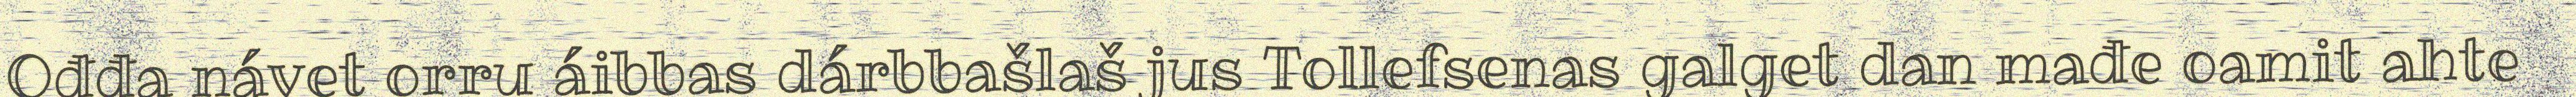
Ođđa návet orru áibbas dárbbašlaš jus Tollefsenas galget dan mađe oamit ahte